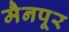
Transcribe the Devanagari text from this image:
मैनपूर